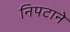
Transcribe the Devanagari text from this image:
निपटाने